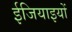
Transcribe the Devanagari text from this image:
ईजियाइयों